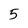
Character: 5